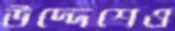
উদ্দেশেও